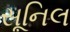
સૂનિલ